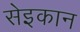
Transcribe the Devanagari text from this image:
सेइकान